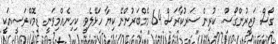
ގޯސް ވަޒީރުންގޯސް. ކުރިން ސަރުކާރަސް 64 މެމްބަރުންނޭ ކިޔާ ހަޅޭލެވީ. ކިހިނެއްމިވަނީ. ޑިމޮކްރަސީއަކީ